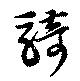
騎